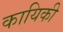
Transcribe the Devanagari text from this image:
कायिकी